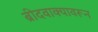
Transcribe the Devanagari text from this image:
ब्रीदवाक्यावरून